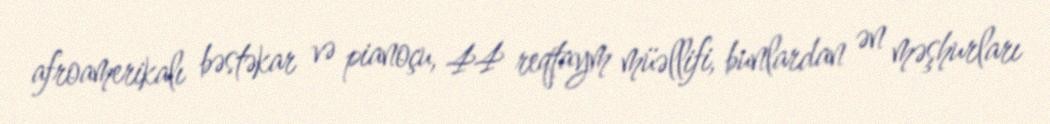
afroamerikalı bəstəkar və pianoçu, 44 reqtaym müəllifi, bunlardan ən məşhurları